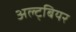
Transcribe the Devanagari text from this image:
अल्ट्बियर